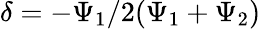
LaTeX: \delta=-\Psi_{1}/2(\Psi_{1}+\Psi_{2})